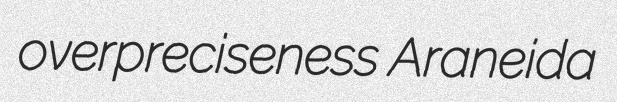
overpreciseness Araneida